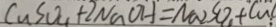
C u S O _ { 4 } + 2 N a O H = N a _ { 2 } S O _ { 4 } + C u l ;